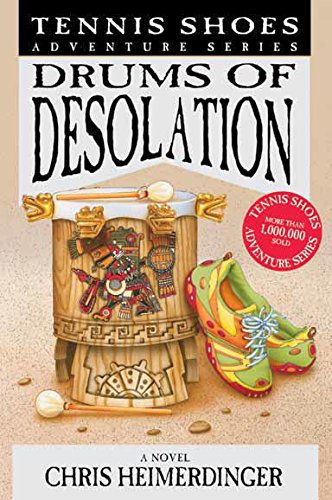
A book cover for Tennis Shoes Adventure Series: Drums of Desolations; Chris Heimerdinger; Christian Books & Bibles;